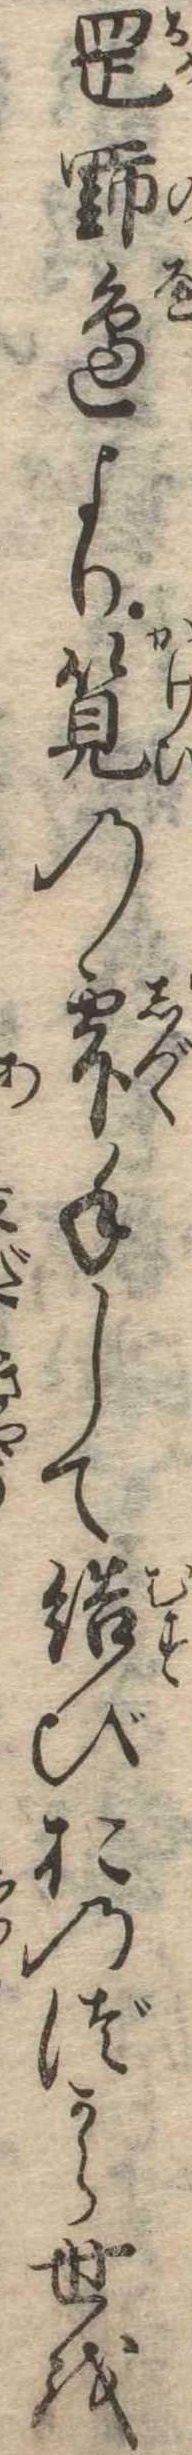
岡野辺より筧の雫手して結びおのづから世を